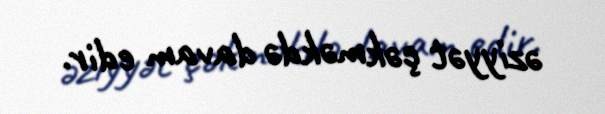
əziyyət çəkməkdə davam edir.